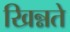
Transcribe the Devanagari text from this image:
खिन्नते